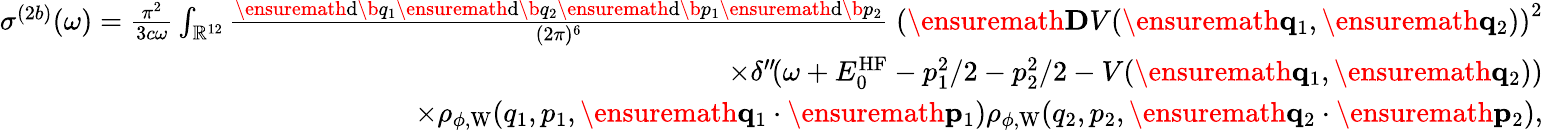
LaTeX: \begin{array}{r}{\sigma^{(2b)}(\omega)=\frac{\pi^{2}}{3c\omega}\int_{\mathbb{R}^{12}}\frac{\ensuremath{\mathrm{d}}\b{q}_{1}\ensuremath{\mathrm{d}}\b{q}_{2}\ensuremath{\mathrm{d}}\b{p}_{1}\ensuremath{\mathrm{d}}\b{p}_{2}}{(2\pi)^{6}}\; \left(\ensuremath{\mathbf{D}}V(\ensuremath{\mathbf{q}}_{1},\ensuremath{\mathbf{q}}_{2})\right)^{2}}\\ {\times\delta^{\prime\prime}\! (\omega+E_{0}^{\mathrm{HF}}-p_{1}^{2}/2-p_{2}^{2}/2-V(\ensuremath{\mathbf{q}}_{1},\ensuremath{\mathbf{q}}_{2}))}\\ {\times\rho_{\phi,\mathrm{W}}(q_{1},p_{1},\ensuremath{\mathbf{q}}_{1}\cdot\ensuremath{\mathbf{p}}_{1})\rho_{\phi,\mathrm{W}}(q_{2},p_{2},\ensuremath{\mathbf{q}}_{2}\cdot\ensuremath{\mathbf{p}}_{2}),}\end{array}